Medical and sanitary report on the native army of Bombay for the year
Year: 1878
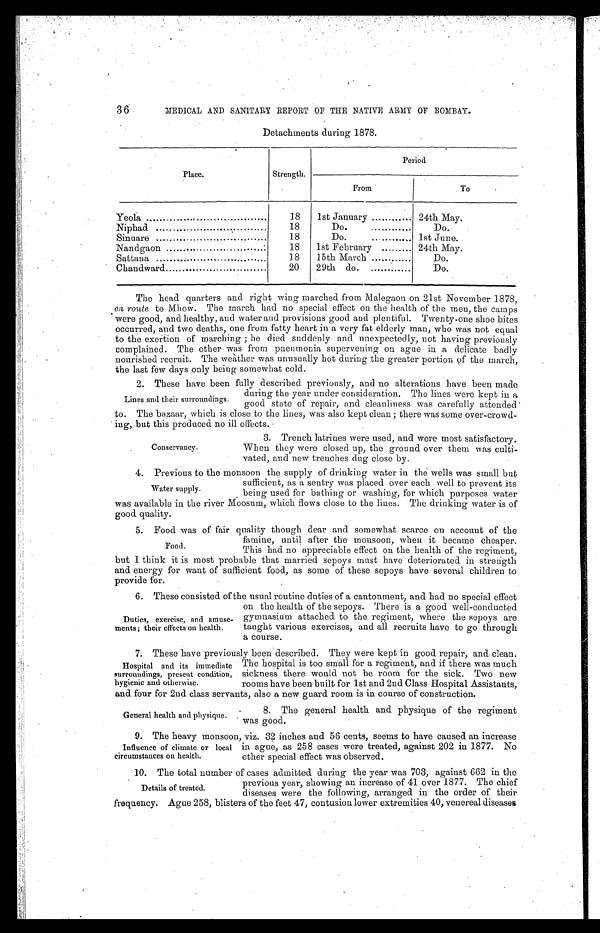
36
MEDICAL AND SANITARY REPORT OP THE NATIVE ARMY OF BOMBAY.
Detachments during 1878.
Place.
Strength.
Period
From
To
Yeola
18
1st January
. 24th May.
Niphad .
18
Do.
Do
Sinuare
18
Do.
1st June.
N a n d g a o n
.
Nandgaon
18
1st February
24th May.
Sattana
18
15th March
Do.
Chandward
20
29th do.
Do.
The head quarters and right wing marched from Malegaon on 21st November 1878,
en route to Mhow. The march had no special effect on the health of the men, the camps
were good, and healthy, and water and provisions good and plentiful. Twenty-one shoe bites
occurred, and two deaths, one from fatty heart in a very fat elderly man, who was not equal
to the exertion of marching ; he. died suddenly and unexpectedly, not having previously
complained. The other was from pneumonia supervening on ague in a delicate badly
nourished recruit. The weather was unusually hot during the greater portion of the march,
the last few days only being somewhat cold.
2. These have been fully described previously, and no alterations have been made
Lines and their surroundings.
during the year under consideration. The lines were kept in a
good state of repair, and cleanliness was carefully attended '
to. The bazaar, which is close to the lines, was also kept clean ; there was some over-crowd
- ing, but this produced no ill effects.
3. Trench latrines were used, and were most satisfactory.
When they were closed up, the ground over them was culti-
vated, and new trenches dug close by.
4. Previous to the monsoon the supply of drinking water in the wells was small but
Conservancy.
Water supply.
sufficient, as a sentry was placed over each well to prevent its
being used for bathing or washing, for which p urposes water
was available in the river Moosum, which flows close to the lines. The drinking water is of
good quality.
5. Food was of fair quality though dear and somewhat scarce on account of the
famine, until after the monsoon, when it became cheaper.
This had no appreciable effect, on the health of the regiment,
but I think it is most probable that married sepoys must have deteriorated in strength
and energy for want of sufficient food, as some of these sepoys have several children to
provide for.
6. These consisted of the usual routine duties of a cantonment, and had no special effect
Food.
Duties, exercise, and amuse-
ments; their effects on health.
on the health of the sepoys. There is , a good well-conducted
gymnasium attached to the regiment, where the sepoys are
taught various exercises, and all recruits have to go through
a course.
7. These have previously been described. They were kept ingood repair, and clean.
Hospital and its immediate
surroundings, present condition,
hygienic and otherwise.
The hospital is too small for a regiment, and if there was much
sickness there would not be room for the sick. Two new
rooms have been built for 1st and 2nd Class Hospital Assistants,
and, four for 2nd class servants, also a new guard room is in course of construction.
8. The general health and physique of the regiment
was good.
General health and physique.
9. The heavy monsoon, viz. 32 inches and 56 cents, seems to have caused an increase
Influence of climate or local
circumstances on health.
in ague, as 258 cases were treated, against 202 in 1877. No
other special effect was observed.
10. The total number of cases admitted during the year was 703, against 662 in the
Details of treated.
previous year, showing an increase of 41 over 1877.
The chief
diseases were the following, arranged in the order of their
frequency. Ague 258, blisters of the feet 47, contusion lower extremities 40, venereal diseases